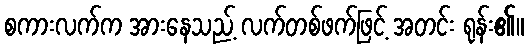
စကားလက်က အားနေသည့် လက်တစ်ဖက်ဖြင့် အတင်း ရုန်း၏။